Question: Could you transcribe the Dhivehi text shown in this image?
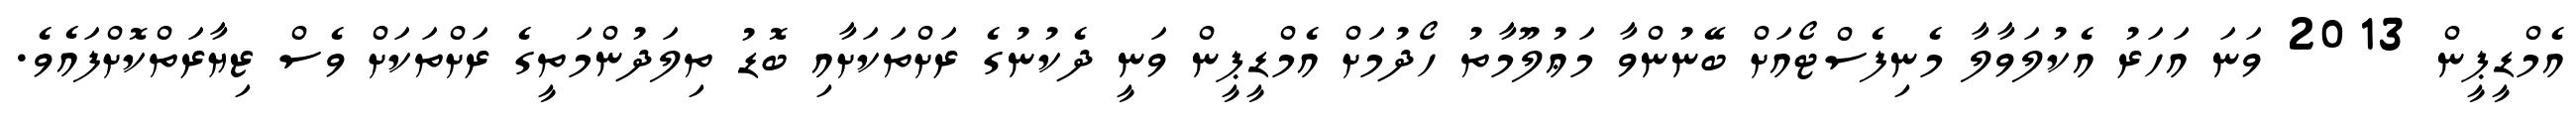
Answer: އެމްޑީޕީން 2013 ވަނަ އަހަރު އެކުލަވާލާ މެނިފެސްޓޯއަށް ބޭނުންވާ މަޢުލޫމާތު ހޯދުމަށް އެމްޑީޕީން ވަނީ ދެކުނުގެ ރަށްތަކަށާއި ބޮޑު ތިލަދުންމަތީގެ ރަށްތަކަށް ވެސް ޒިޔާރަތްކޮށްފައެވެ.